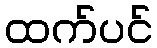
ထက်ပင်